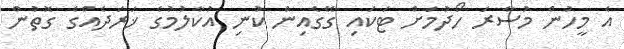
އެ މީހުން މުސާރަ ހޯދުމަށް ޓަކައި ގޭގެއިން ކުނި އުކާލުމުގެ ޚަރަދެއްގެ ގޮތުން